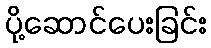
ပို့ဆောင်ပေးခြင်း